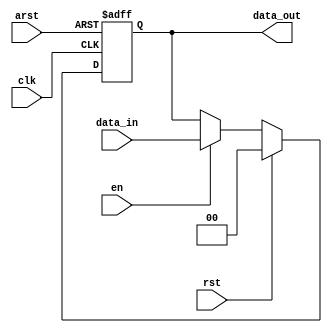
// This program was cloned from: https://github.com/IObundle/iob-lib
// License: MIT License

`timescale 1ns / 1ps

module iob_reg
  #(
    parameter DATA_W = 0,
    parameter RST_VAL = 0
    )
   (
    input                   clk,
    input                   arst,
    input                   rst,
    input                   en,
    input [DATA_W-1:0]      data_in,
    output reg [DATA_W-1:0] data_out
    );

   //prevent width mismatch
   localparam [DATA_W-1:0] RST_VAL_INT = RST_VAL;
   
   always @(posedge clk, posedge arst) begin
      if (arst) begin
         data_out <= RST_VAL_INT;
      end else if (rst) begin
         data_out <= RST_VAL_INT;
      end else if (en) begin
         data_out <= data_in;
      end
   end

endmodule